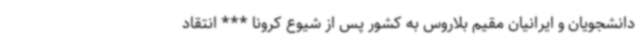
دانشجویان و ایرانیان مقیم بلاروس به کشور پس از شیوع کرونا *** انتقاد